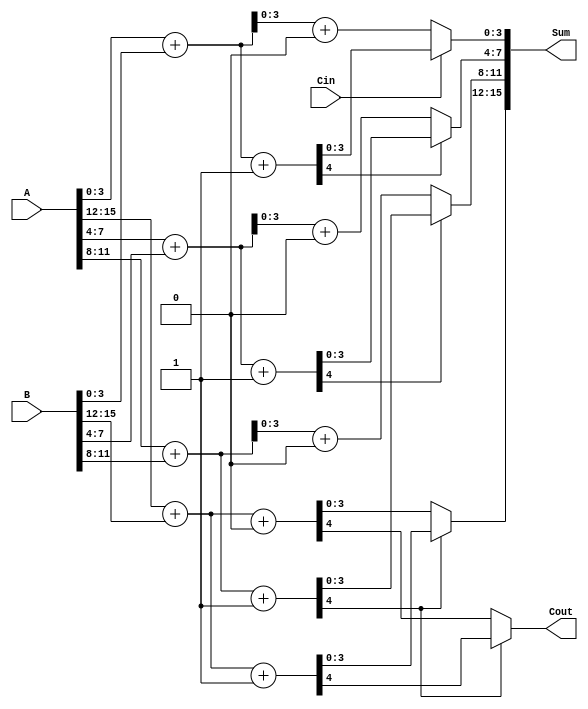
module CarrySelectAdder #(parameter N = 16) (
    input [N-1:0] A,        // First n-bit input
    input [N-1:0] B,        // Second n-bit input
    input Cin,              // Carry-in for the least significant bit
    output [N-1:0] Sum,     // n-bit sum output
    output Cout             // Carry-out
);

    // Number of bits in each block
    localparam BLOCK_SIZE = 4;
    localparam NUM_BLOCKS = N / BLOCK_SIZE;

    wire [BLOCK_SIZE-1:0] Sum0 [0:NUM_BLOCKS-1]; // Sum when Cin = 0
    wire [BLOCK_SIZE-1:0] Sum1 [0:NUM_BLOCKS-1]; // Sum when Cin = 1
    wire Cout0 [0:NUM_BLOCKS-1];                  // Carry-out when Cin = 0
    wire Cout1 [0:NUM_BLOCKS-1];                  // Carry-out when Cin = 1
    wire [NUM_BLOCKS-1:0] carry_select;          // Carry select signals

    genvar i;

    // Generate blocks
    generate
        for (i = 0; i < NUM_BLOCKS; i = i + 1) begin : block
            wire [BLOCK_SIZE-1:0] A_block = A[(i+1)*BLOCK_SIZE-1:i*BLOCK_SIZE];
            wire [BLOCK_SIZE-1:0] B_block = B[(i+1)*BLOCK_SIZE-1:i*BLOCK_SIZE];

            // Compute sums and carry-outs for both carry-in scenarios
            assign {Cout0[i], Sum0[i]} = A_block + B_block + 1'b0; // Carry-in = 0
            assign {Cout1[i], Sum1[i]} = A_block + B_block + 1'b1; // Carry-in = 1

            // Select the carry for the next block
            if (i == 0) begin
                assign carry_select[i] = Cin; // For the first block, use the external Cin
            end else begin
                assign carry_select[i] = Cout1[i-1]; // Use Cout1 of the previous block
            end
        end
    endgenerate

    // Output sum and carry-out
    generate
        for (i = 0; i < NUM_BLOCKS; i = i + 1) begin : mux
            assign Sum[(i+1)*BLOCK_SIZE-1:i*BLOCK_SIZE] = 
                carry_select[i] ? Sum1[i] : Sum0[i]; // MUX for sum selection
            
            // Final carry-out is the carry-out of the last block
            if (i == NUM_BLOCKS - 1) begin
                assign Cout = carry_select[i] ? Cout1[i] : Cout0[i];
            end
        end
    endgenerate

endmodule